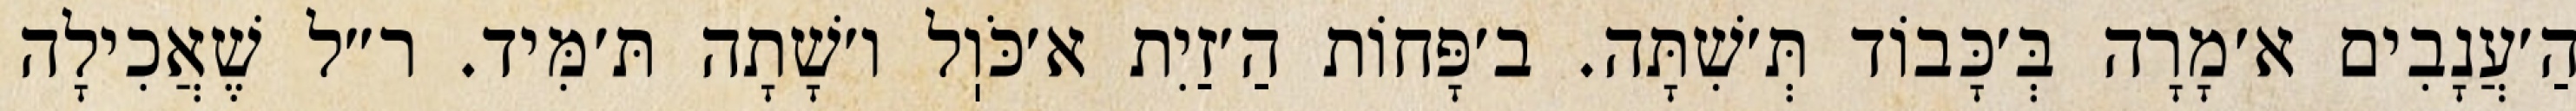
הַ׳עֲנָבִים א׳מָרָה בְּ׳כָּבוֹד תְּ׳שִׁתָּה. ב׳פָּחוֹת הַ׳זַיִת א׳כֹּוֽל ו׳שָׁתָה תּ׳מִּיד. ר״ל שֶׁאֲכִילָה